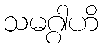
သမဂ္ဂါဟိ